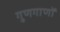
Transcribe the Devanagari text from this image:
गुणगाणों